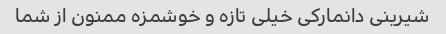
شیرینی دانمارکی خیلی تازه و خوشمزه ممنون از شما